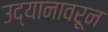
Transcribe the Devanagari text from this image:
उद्यानावरून